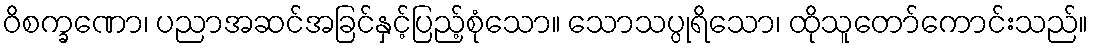
ဝိစက္ခဏော၊ ပညာအဆင်အခြင်နှင့်ပြည့်စုံသော။ သောသပ္ပုရိသော၊ ထိုသူတော်ကောင်းသည်။